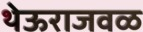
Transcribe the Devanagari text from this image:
थेऊराजवळ